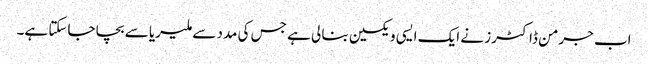
اب جرمن ڈاکٹرز نے ایک ایسی ویکسین بنا لی ہے جس کی مدد سے ملیریا سے بچا جاسکتا ہے۔